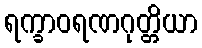
ရက္ခာဝရဏဂုတ္တိယာ